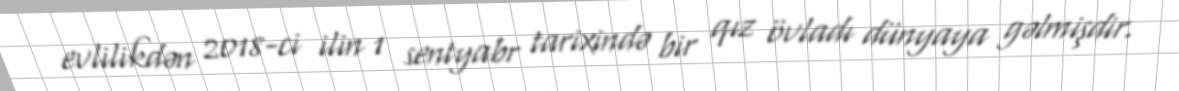
evlilikdən 2018-ci ilin 1 sentyabr tarixində bir qız övladı dünyaya gəlmişdir.